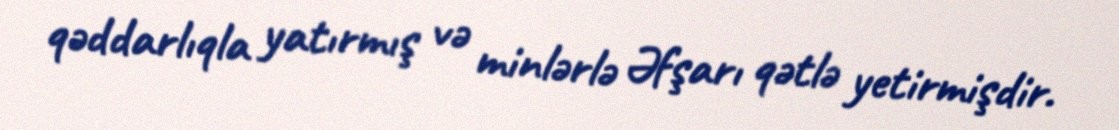
qəddarlıqla yatırmış və minlərlə Əfşarı qətlə yetirmişdir.